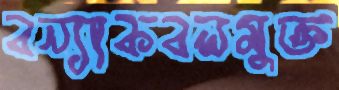
বন্যাকবলমুক্ত